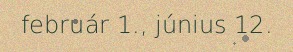
február 1., június 12.